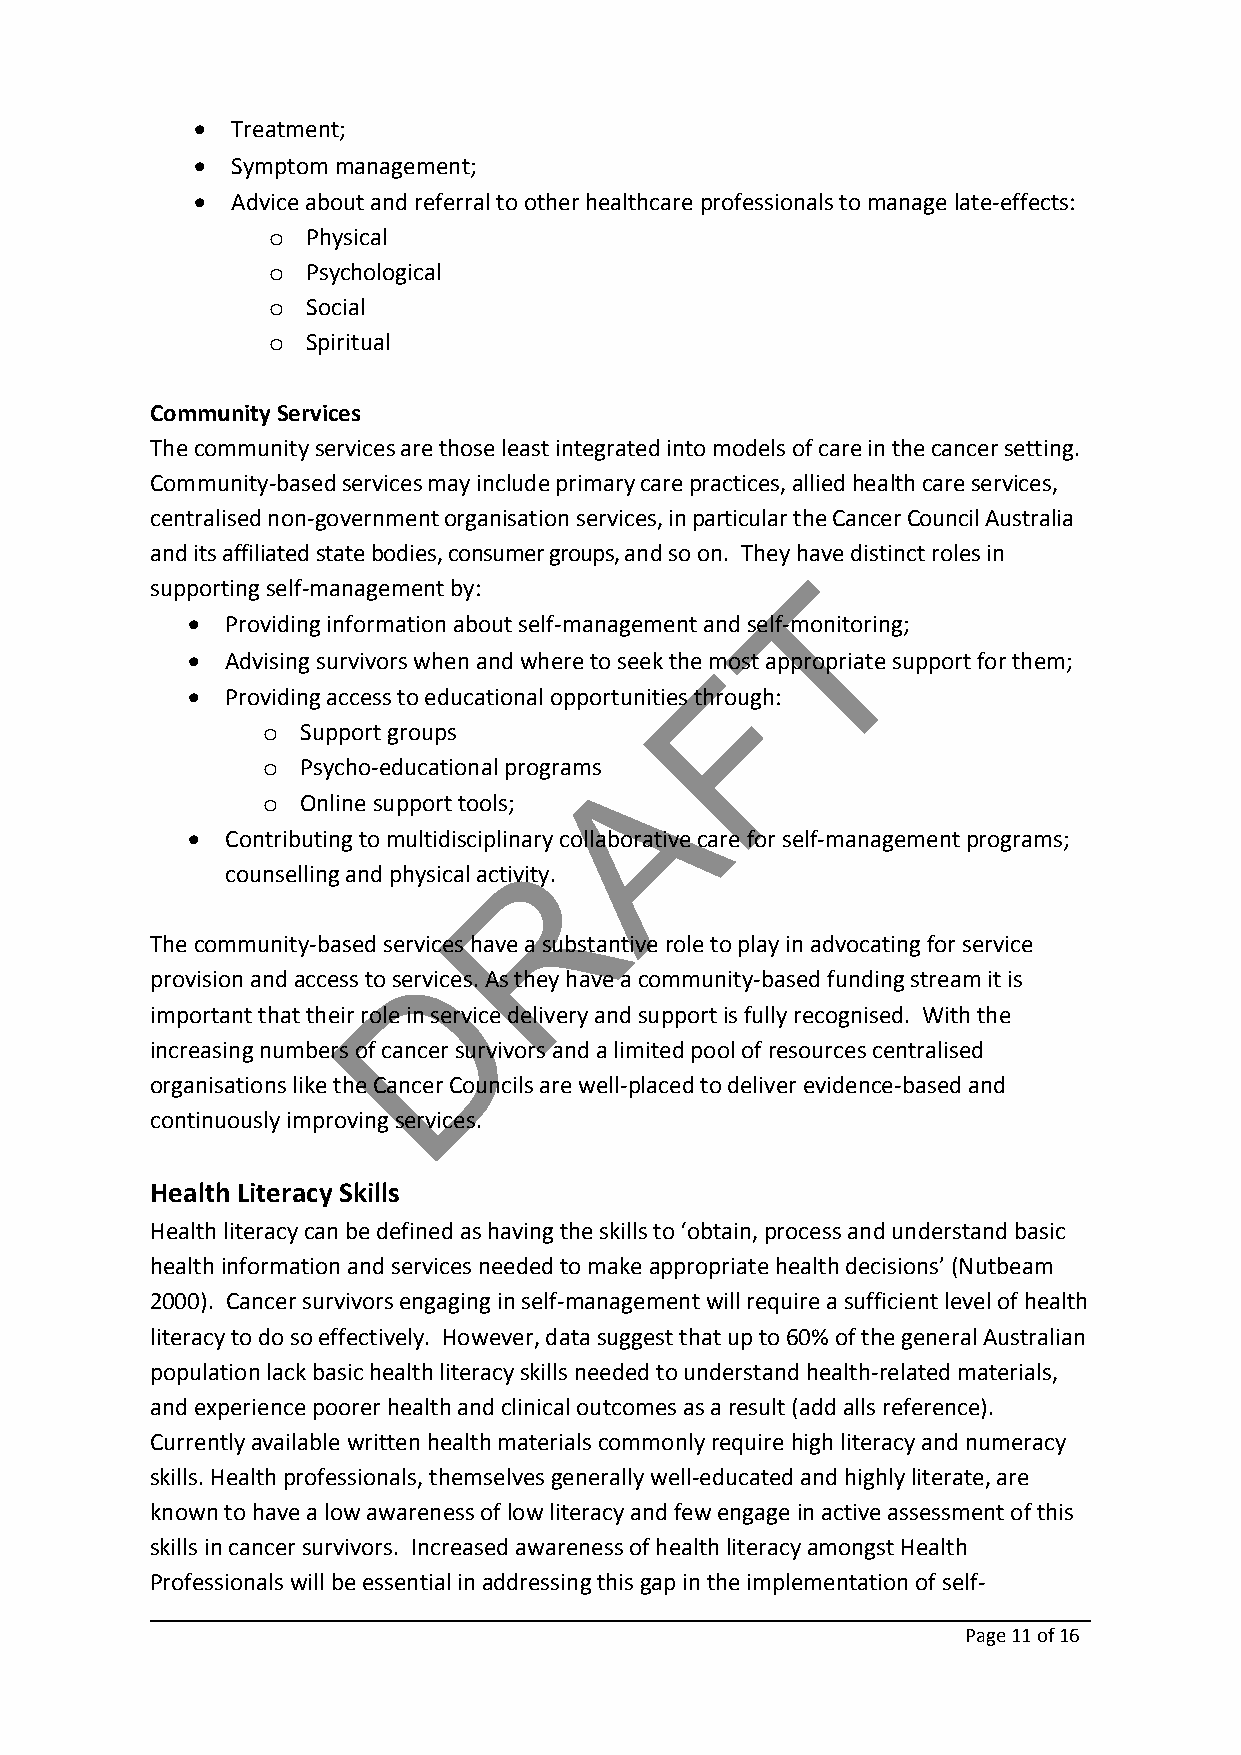
 Treatment;
  Symptom management;
  Advice about and referral to other healthcare professionals to manage late‐effects:
 o Physical
 o Psychological
 o Social
 o Spiritual
 Community Services
 The community services are those least integrated into models of care in the cancer setting.
 Community‐based services may include primary care practices, allied health care services,
 centralised non‐government organisation services, in particular the Cancer Council Australia
 and its affiliated state bodies, consumer groups, and so on. They have distinct roles in
 T
 supporting self‐management by:
   Providing information about self‐management and self‐monitoring;
   Advising survivors when and where to seek the mFost appropriate support for them;
   Providing access to educational opportunities through:
 o  Support groups
 A
 o  Psycho‐educational programs
 o  Online support tools;
   Contributing to multidisciplinary collaborative care for self‐management programs;
 R
 counselling and physical activity.
 The community‐based services have a substantive role to play in advocating for service
 D
 provision and access to services. As they have a community‐based funding stream it is
 important that their role in service delivery and support is fully recognised. With the
 increasing numbers of cancer survivors and a limited pool of resources centralised
 organisations like the Cancer Councils are well‐placed to deliver evidence‐based and
 continuously improving services.
 Health Literacy Skills
 Health literacy can be defined as having the skills to ‘obtain, process and understand basic
 health information and services needed to make appropriate health decisions’ (Nutbeam
 2000). Cancer survivors engaging in self‐management will require a sufficient level of health
 literacy to do so effectively. However, data suggest that up to 60% of the general Australian
 population lack basic health literacy skills needed to understand health‐related materials,
 and experience poorer health and clinical outcomes as a result (add alls reference).
 Currently available written health materials commonly require high literacy and numeracy
 skills. Health professionals, themselves generally well‐educated and highly literate, are
 known to have a low awareness of low literacy and few engage in active assessment of this
 skills in cancer survivors. Increased awareness of health literacy amongst Health
 Professionals will be essential in addressing this gap in the implementation of self‐
 Page 11of 16